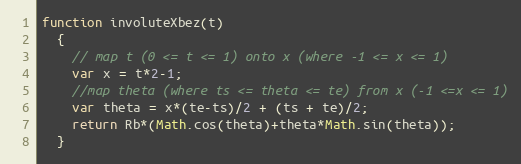
Language: JavaScript
function involuteXbez(t)
  {
    // map t (0 <= t <= 1) onto x (where -1 <= x <= 1)
    var x = t*2-1;
    //map theta (where ts <= theta <= te) from x (-1 <=x <= 1)
    var theta = x*(te-ts)/2 + (ts + te)/2;
    return Rb*(Math.cos(theta)+theta*Math.sin(theta));
  }